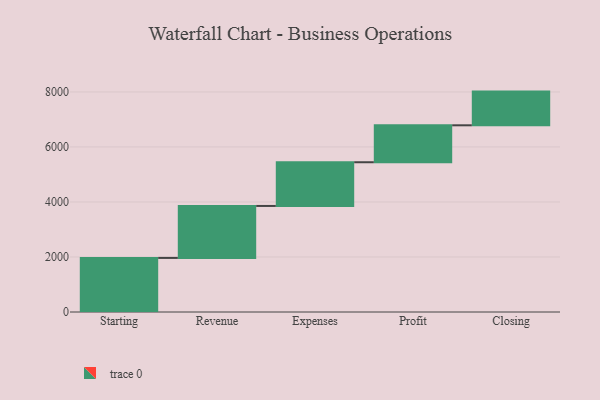
{"axis": {"x": "Step", "y": "Value"}, "legend": [""], "data": [{"x": "Starting", "y": 1966.0, "type": ""}, {"x": "Revenue", "y": 1889.0, "type": ""}, {"x": "Expenses", "y": 1589.0, "type": ""}, {"x": "Profit", "y": 1343.0, "type": ""}, {"x": "Closing", "y": 1225.0, "type": ""}]}